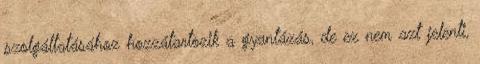
szolgáltatásához hozzátartozik a gyantázás, de ez nem azt jelenti,